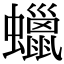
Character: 蠟